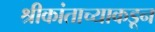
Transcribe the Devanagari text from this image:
श्रीकांताच्याकडून